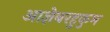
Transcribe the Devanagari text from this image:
आज्ञेबरहुकुम